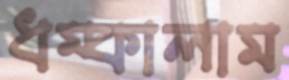
ধম্‌কালাম